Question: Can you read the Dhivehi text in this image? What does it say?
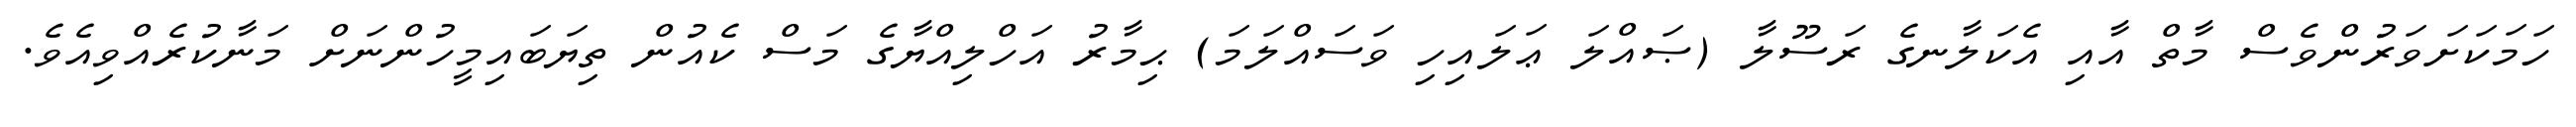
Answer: ހަމަކަށަވަރުންވެސް މާތް އާއި އެކަލާނގެ ރަސޫލާ (ޞައްލަ ޢަލައިހި ވަސައްލަމަ) ޙިމާރު އަހްލިއްޔާގެ މަސް ކެއުން ތިޔަބައިމީހުންނަށް މަނާކުރެއްވިއެވެ.